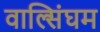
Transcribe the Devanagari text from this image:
वाल्सिंघम